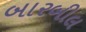
બારબીલ